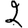
Digit: 2